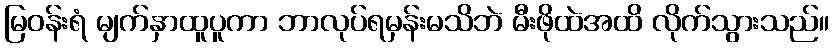
မြဝန်းရံ မျက်နှာထူပူကာ ဘာလုပ်ရမှန်းမသိဘဲ မီးဖိုထဲအထိ လိုက်သွားသည်။